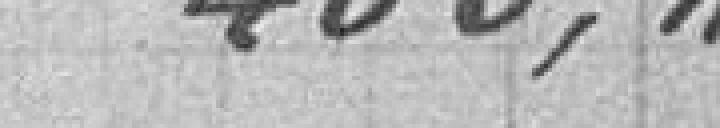
400,00